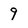
Character: 9